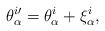
\begin{align*}\theta _\alpha ^{i\prime }=\theta _\alpha ^i+\xi _\alpha ^i,\end{align*}